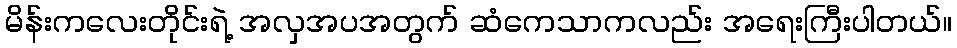
မိန်းကလေးတိုင်းရဲ့ အလှအပအတွက် ဆံကေသာကလည်း အရေးကြီးပါတယ်။